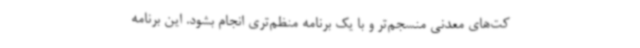
کت‌های معدنی منسجم‌تر و با یک برنامه منظم‌تری انجام بشود. این برنامه